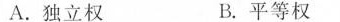
A.独立权 B.平等权